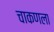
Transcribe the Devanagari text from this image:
चाकणला